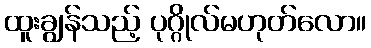
ထူးချွန်သည့် ပုဂ္ဂိုလ်မဟုတ်လော။